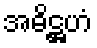
အဓိဋ္ဌဟံ